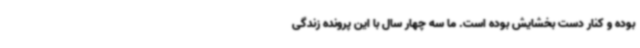
بوده و کنار دست بخشایش بوده است. ما سه چهار سال با این پرونده زندگی